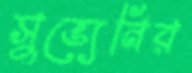
সুভ্যেনির